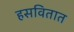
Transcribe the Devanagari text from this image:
हसवितात